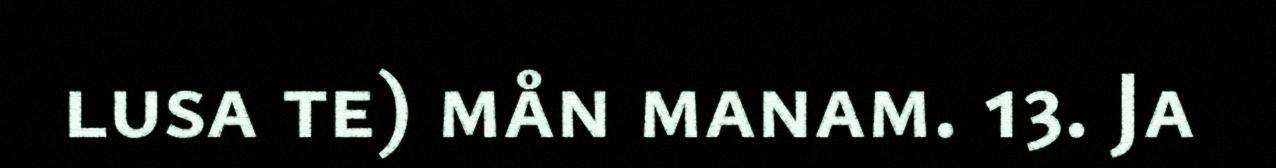
lusa te) mån manam. 13. Ja